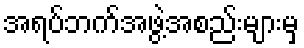
အရပ်ဘက်အဖွဲ့အစည်းများမှ